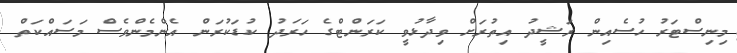
މިނިސްޓަރު ހުސެއިން ރަޝީދު އިތުރަށް ވިދާޅުވީ ކަރަންޓްގެ ހަރަދު ކުޑަކުރަން އެެންމެންވެސް މަސައްކަތް